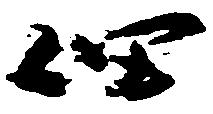
佃